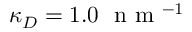
\kappa _ { D } = 1 . 0 ~ \textrm { n m } ^ { - 1 }